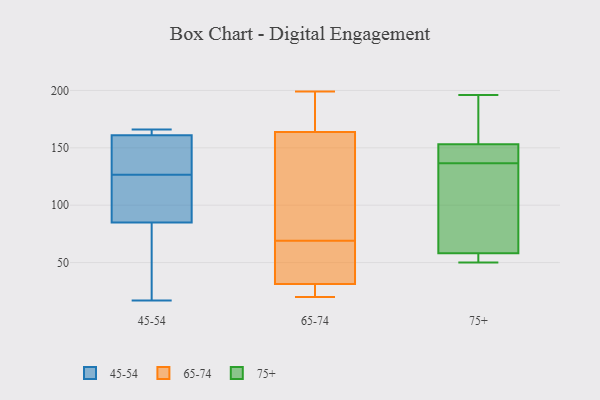
{"axis": {"x": "Headcount", "y": "Value"}, "legend": ["45-54", "65-74", "75+"], "data": [{"x": "", "y": 85, "type": "45-54"}, {"x": "", "y": 162, "type": "45-54"}, {"x": "", "y": 147, "type": "45-54"}, {"x": "", "y": 17, "type": "45-54"}, {"x": "", "y": 157, "type": "45-54"}, {"x": "", "y": 67, "type": "45-54"}, {"x": "", "y": 142, "type": "45-54"}, {"x": "", "y": 161, "type": "45-54"}, {"x": "", "y": 166, "type": "45-54"}, {"x": "", "y": 93, "type": "45-54"}, {"x": "", "y": 105, "type": "45-54"}, {"x": "", "y": 24, "type": "45-54"}, {"x": "", "y": 166, "type": "45-54"}, {"x": "", "y": 111, "type": "45-54"}, {"x": "", "y": 42, "type": "65-74"}, {"x": "", "y": 20, "type": "65-74"}, {"x": "", "y": 134, "type": "65-74"}, {"x": "", "y": 69, "type": "65-74"}, {"x": "", "y": 105, "type": "65-74"}, {"x": "", "y": 26, "type": "65-74"}, {"x": "", "y": 154, "type": "65-74"}, {"x": "", "y": 182, "type": "65-74"}, {"x": "", "y": 199, "type": "65-74"}, {"x": "", "y": 31, "type": "65-74"}, {"x": "", "y": 30, "type": "65-74"}, {"x": "", "y": 167, "type": "65-74"}, {"x": "", "y": 32, "type": "65-74"}, {"x": "", "y": 41, "type": "65-74"}, {"x": "", "y": 184, "type": "65-74"}, {"x": "", "y": 50, "type": "75+"}, {"x": "", "y": 183, "type": "75+"}, {"x": "", "y": 145, "type": "75+"}, {"x": "", "y": 196, "type": "75+"}, {"x": "", "y": 55, "type": "75+"}, {"x": "", "y": 141, "type": "75+"}, {"x": "", "y": 109, "type": "75+"}, {"x": "", "y": 153, "type": "75+"}, {"x": "", "y": 132, "type": "75+"}, {"x": "", "y": 58, "type": "75+"}]}